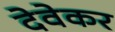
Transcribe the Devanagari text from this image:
देवेकर